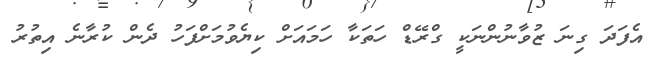
އެފަދަ ގިނަ ޒުވާނުންނަކީ ގްރޭޑް ހަތަކާ ހަމައަށް ކިޔެވުމަށްފަހު ދެން ކުރާނެ އިތުރު